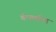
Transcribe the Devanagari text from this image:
कँपमधील